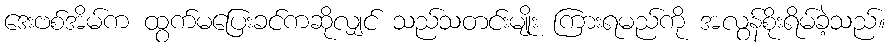
ဒေးဗစ်အိမ်က ထွက်မပြေးခင်ကဆိုလျှင် သည်သတင်းမျိုး ကြားရမည်ကို အလွန်စိုးရိမ်ခဲ့သည်။